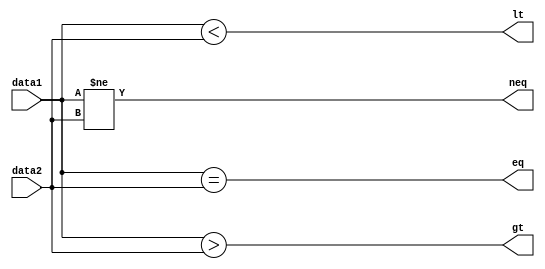
module COMPARE(lt,gt,eq,neq,data1,data2);

	input signed [31:0] data1,data2;
	output lt,gt,eq,neq;
	
	assign lt=data1<data2;
	assign gt=data1>data2;
	assign eq=data1==data2;
    assign neq=data1!=data2;
	
endmodule
module condition (
    output wire y,
    input wire [1:0] opcond,
    input wire [31:0] a,b
);

wire lt,gt,eq,neq;
COMPARE cmp (lt,gt,eq,neq,a,b);

assign y =  (~opcond[1] & ~opcond[0] & lt) |
            (~opcond[1] & opcond[0] & gt)  |
            (opcond[1] & ~opcond[0] & eq)  |
            (opcond[1] & opcond[0] & neq) ;

endmodule